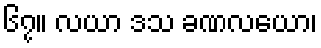
၆၇။ လယာ ဒသ ခဏလယော၊